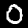
Label: 0